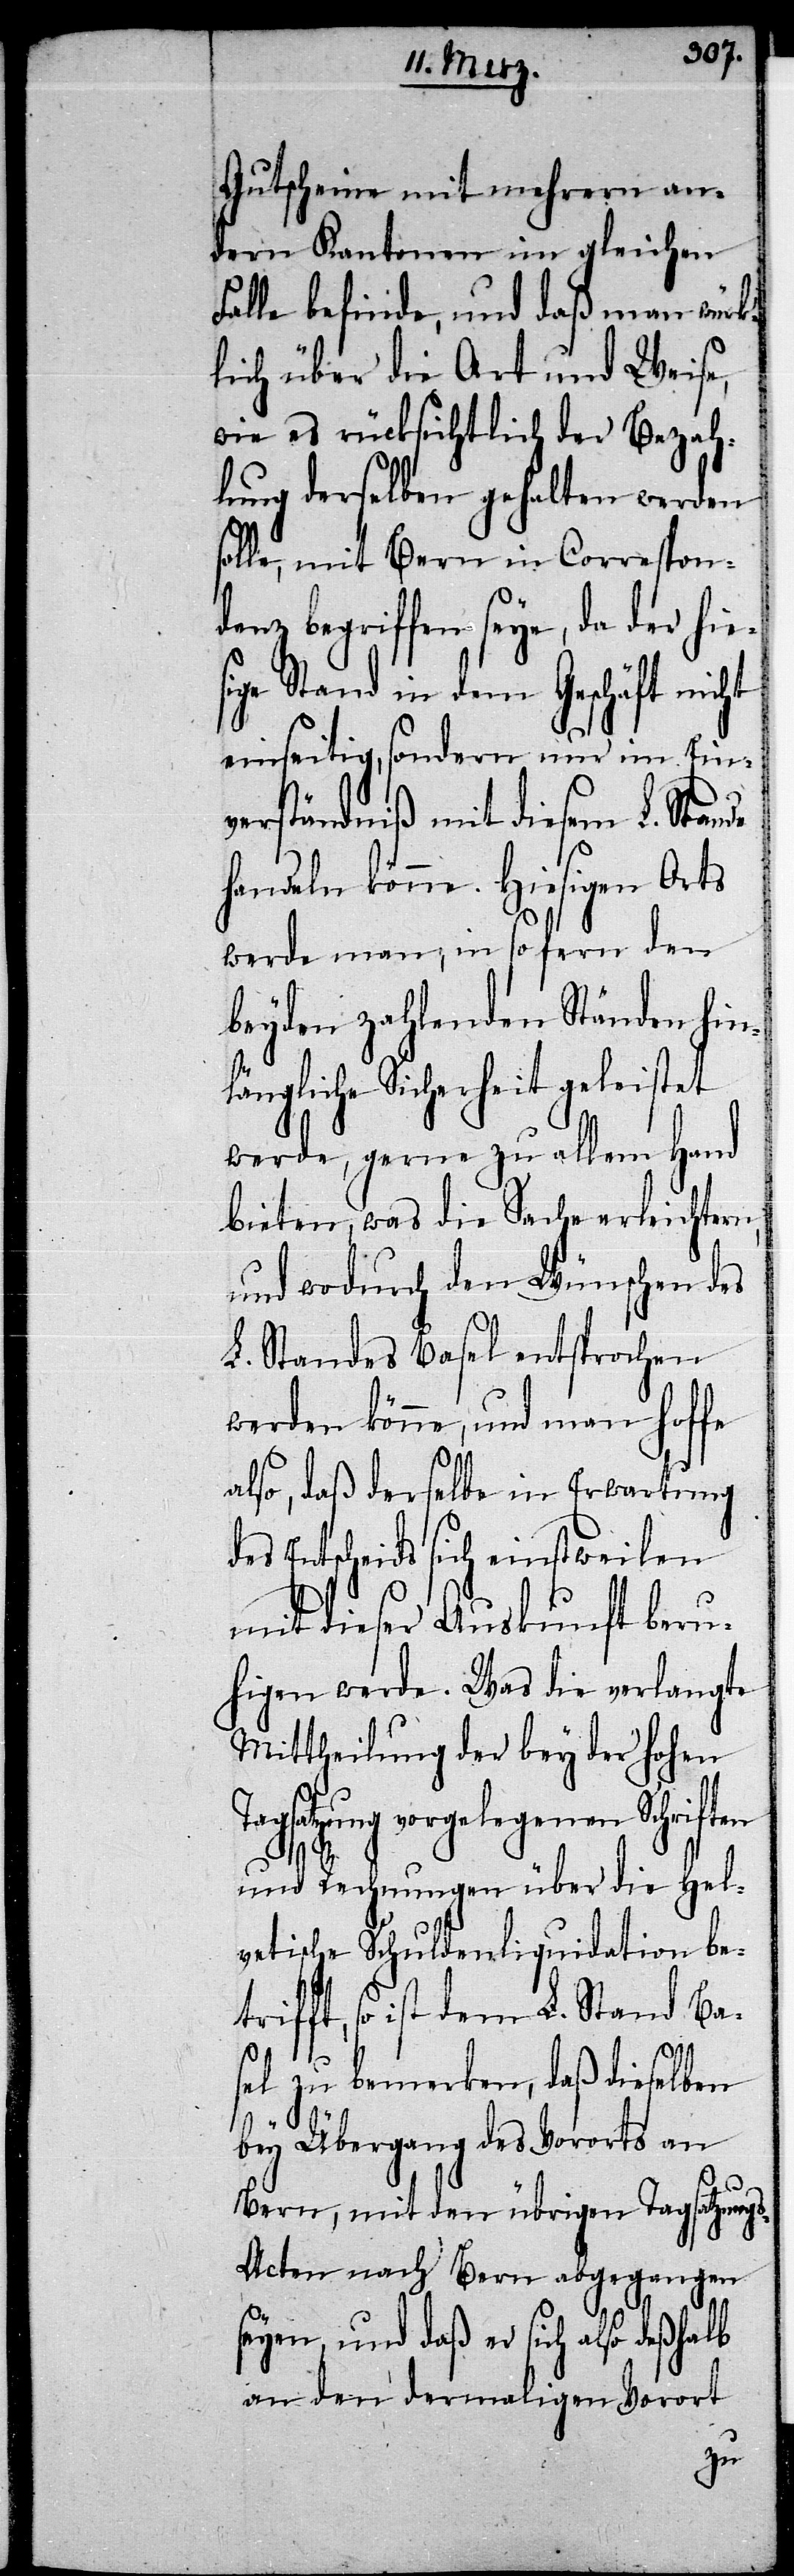
Gutscheine mit mehrern an¬
dern Kantonen im gleichen
Falle befinde, und daß man würk¬
lich über die Art und Weise,
wie es rücksichtlich der Bezah¬
lung derselben gehalten werden
solle, mit Bern in Correspon¬
denz begriffen seye, da der hies¬
ige Stand in dem Geschäft nicht
einseitig, sondern nur im Ein¬
verständniß mit diesem L. Stande
handeln könne. Hiesigen Orts
werde man, in so fern den
beyden zahlenden Ständen hin¬
längliche Sicherheit geleistet
werde, gerne zu allem Hand
bieten, was die Sache erleichtern,
und wodurch den Wünschen des
L. Standes Basel entsprochen
werden könne, und man hoffe
also, daß derselbe in Erwartung
des Entscheids sich einstweilen
mit dieser Auskunft beru¬
higen werde. Was die verlangte
Mittheilung der bey der hohen
Tagsatzung vorgelegenen Schriften
und Rechnungen über die Hel¬
vetische Schuldenliquidation be¬
trifft, so ist dem L. Stand Ba¬
sel zu bemerken, daß dieselben
bey Übergang des Vororts an
Bern, mit den übrigen Tagsatzung¬
s-Acten nach Bern abgegangen
seyen, und daß er sich also deßhalb
an den dermaligen Vorort